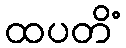
ထပတိံ